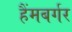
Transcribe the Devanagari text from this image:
हैंमबर्गर